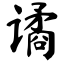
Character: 谲